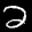
Label: 2